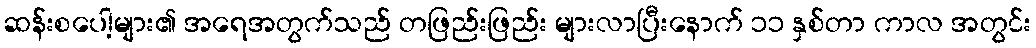
ဆန်းစပေါ့များ၏ အရေအတွက်သည် တဖြည်းဖြည်း များလာပြီးနောက် ၁၁ နှစ်တာ ကာလ အတွင်း